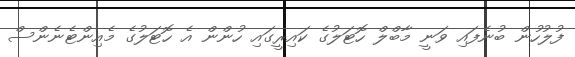
ފުލުހުން ބުނެފައި ވަނީ މާބްލް ހޮޓަލުގެ ކައިރީގައި ހުންން އެ ހޮޓަލުގެ މެއިންޓެނެންސް